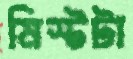
মিস্টটা